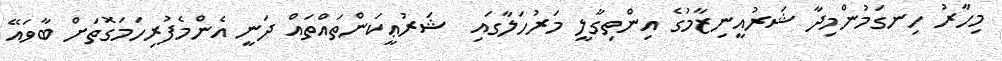
މިހާރު ހިނގަމުންމިދާ ޝަރުއީނިޒާމުގެ އިންތިގާލީ މަރުހަލާގައި  ޝަރުޢީކަންތައްތައް ދަނީ އެންމެފުރިހަމަގޮތަށް ބާވައޭ